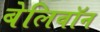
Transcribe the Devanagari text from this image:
बेलिवॉन